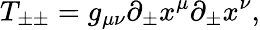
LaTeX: T_{\pm\pm}=g_{\mu\nu}\partial_{\pm}x^{\mu}\partial_{\pm}x^{\nu},